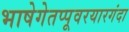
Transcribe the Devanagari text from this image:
भाषेगेतप्पूवरयारगंदा